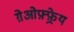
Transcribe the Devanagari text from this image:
ग़ेओफ़्फ़्रेय